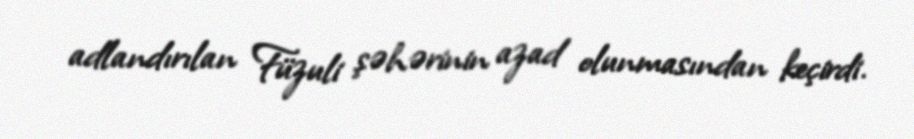
adlandırılan Füzuli şəhərinin azad olunmasından keçirdi.